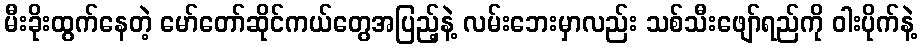
မီးခိုးထွက်နေတဲ့ မော်တော်ဆိုင်ကယ်တွေအပြည့်နဲ့ လမ်းဘေးမှာလည်း သစ်သီးဖျော်ရည်ကို ဝါးပိုက်နဲ့